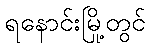
ရနောင်းမြို့တွင်